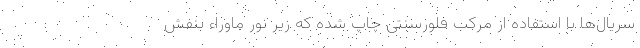
سریال‌ها با استفاده از مرکب فلورسنتی چاپ شده که زیر نور ماوراء بنفش